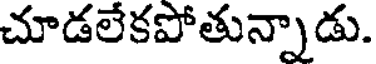
చూడలేకపోతున్నాడు.